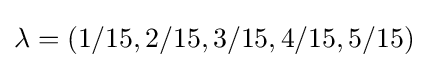
\lambda =(1/15,2/15,3/15,4/15,5/15)